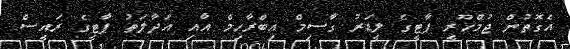
އެގޮތުން ޖުމްހޫރީ ޕާޓީގެ ލީޑަރު ގާސިމް އިބްރާހިމް އާއި އަދާލަތު ޕާޓީގެ ރައީސް